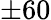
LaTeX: \pm 60